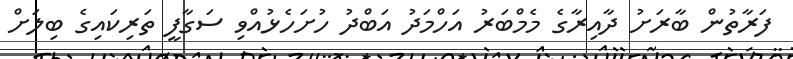
ފަރާތުން ބާރަށު ދާއިރާގެ މެމްބަރު އަހްމަދު އަބްދު ހުށަހެޅުއްވި ސަގާފީ ތަރިކައިގެ ބިލަށް